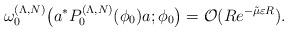
LaTeX: \begin{align*}\omega_0^{(\Lambda,N)}\bigl(a^\ast P_0^{(\Lambda,N)}(\phi_0)a;\phi_0\bigr)=\mathcal{O}(Re^{-\tilde{\mu}\varepsilon R}). \end{align*}